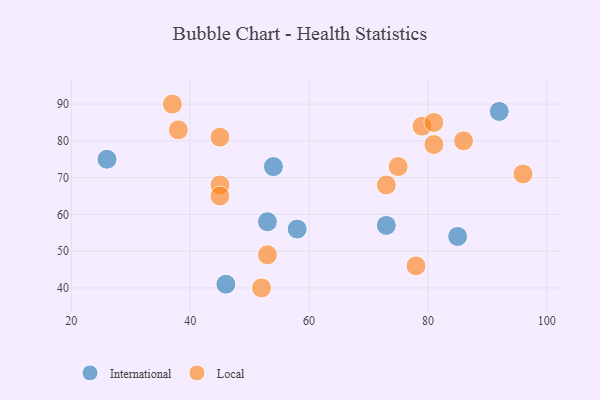
{"axis": {"x": "GDP", "y": "Life Expectancy"}, "legend": ["International", "Local"], "data": [{"x": "85", "y": 54, "type": "International"}, {"x": "26", "y": 75, "type": "International"}, {"x": "53", "y": 58, "type": "International"}, {"x": "73", "y": 57, "type": "International"}, {"x": "46", "y": 41, "type": "International"}, {"x": "54", "y": 73, "type": "International"}, {"x": "58", "y": 56, "type": "International"}, {"x": "92", "y": 88, "type": "International"}, {"x": "81", "y": 79, "type": "Local"}, {"x": "75", "y": 73, "type": "Local"}, {"x": "52", "y": 40, "type": "Local"}, {"x": "86", "y": 80, "type": "Local"}, {"x": "79", "y": 84, "type": "Local"}, {"x": "45", "y": 68, "type": "Local"}, {"x": "53", "y": 49, "type": "Local"}, {"x": "45", "y": 65, "type": "Local"}, {"x": "45", "y": 81, "type": "Local"}, {"x": "38", "y": 83, "type": "Local"}, {"x": "96", "y": 71, "type": "Local"}, {"x": "81", "y": 85, "type": "Local"}, {"x": "37", "y": 90, "type": "Local"}, {"x": "78", "y": 46, "type": "Local"}, {"x": "73", "y": 68, "type": "Local"}]}